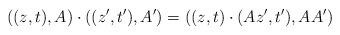
LaTeX: \begin{align*}\left((z,t),A\right)\cdot\left((z',t'),A'\right)=\left((z,t)\cdot(Az',t'),AA'\right)\end{align*}